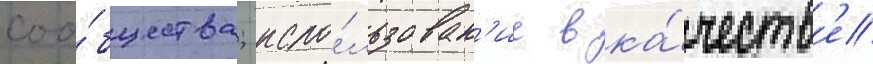
соо́бщества; испо́льзован'ие в ка́честв'е